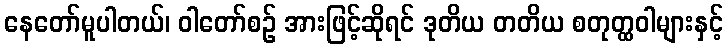
နေတော်မူပါတယ်၊ ဝါတော်စဉ် အားဖြင့်ဆိုရင် ဒုတိယ တတိယ စတုတ္ထဝါများနှင့်